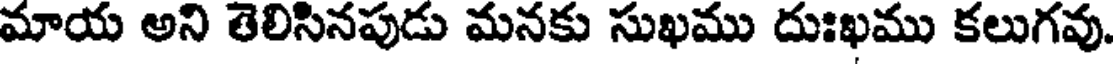
మాయ అని తెలిసినపుడు మనకు సుఖము దుఃఖము కలుగవు